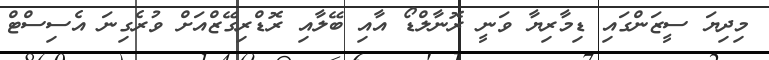
މިދިޔަ ސީޒަންގައި ޑިމާރިޔާ ވަނީ ރޮނާލްޑޯ އާއި ބޭލާއި ރޮޑްރިގޭޒްއަށް ވުރެގިނަ އެސިސްޓް